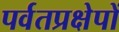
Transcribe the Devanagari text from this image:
पर्वतप्रक्षेपों